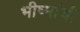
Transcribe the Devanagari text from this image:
भीष्मांची